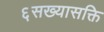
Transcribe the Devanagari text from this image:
६सख्यासक्ति